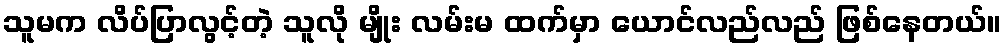
သူမက လိပ်ပြာလွင့်တဲ့ သူလို မျိုး လမ်းမ ထက်မှာ ယောင်လည်လည် ဖြစ်နေတယ်။